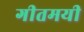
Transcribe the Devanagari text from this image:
गीतमयी